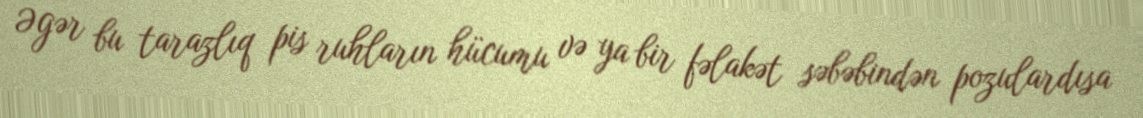
Əgər bu tarazlıq pis ruhların hücumu və ya bir fəlakət səbəbindən pozulardısa